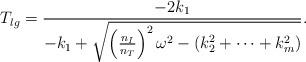
LaTeX: \begin{align*}T_{lg} = {{-2k_1} \over{-k_1 + \sqrt{ \left({n_I\over n_T}\right)^2\omega^2 -\left(k_2^2+\cdots+k_m^2\right)}}}.\end{align*}